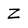
Character: Z